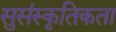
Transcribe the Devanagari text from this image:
सुसंस्कृतिकता